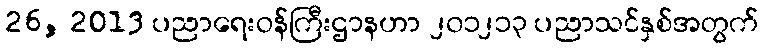
26, 2013 ပညာရေးဝန်ကြီးဌာနဟာ ၂၀၁၂၁၃ ပညာသင်နှစ်အတွက်